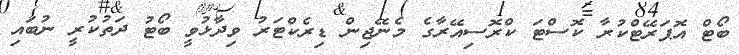
ބޯޓް އޮޕަރޭޓްކުރާ ކޮސްޓަ ކްރޮސިއޭރާގެ މެނޭޖިން ޑިރެކްޓަރު ވިދާޅުވީ ބޯޓު ދަތުކުރީ ނުބައި